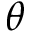
\boldsymbol { \theta }